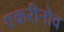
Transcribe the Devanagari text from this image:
एकरीनोव